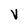
Character: v